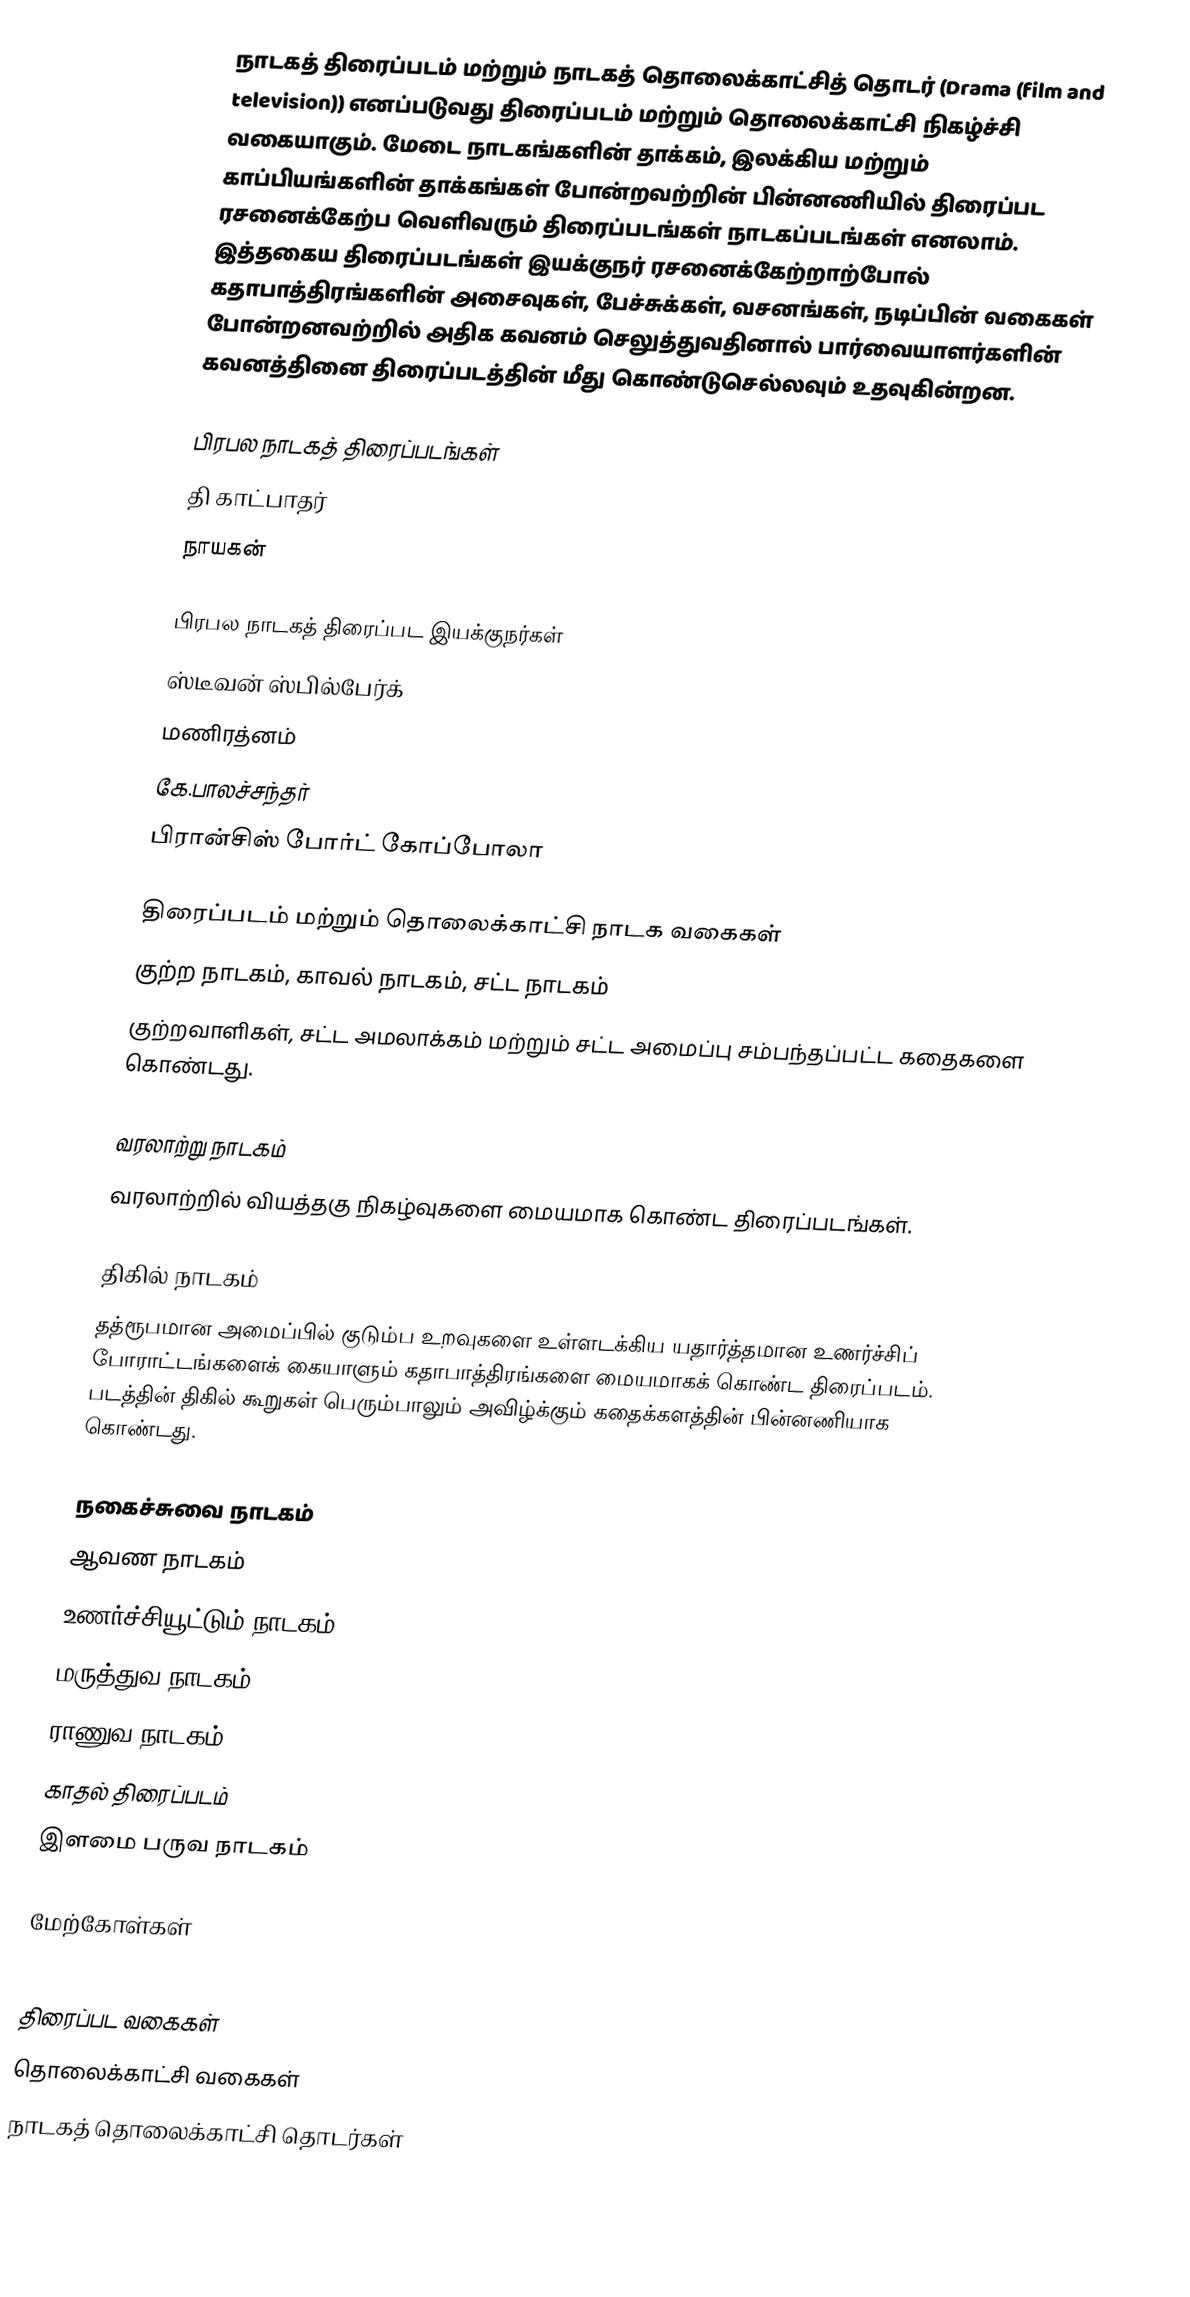
நாடகத் திரைப்படம் மற்றும் நாடகத் தொலைக்காட்சித் தொடர் (Drama (film and television)) எனப்படுவது திரைப்படம் மற்றும் தொலைக்காட்சி நிகழ்ச்சி வகையாகும். மேடை நாடகங்களின் தாக்கம், இலக்கிய மற்றும் காப்பியங்களின் தாக்கங்கள் போன்றவற்றின் பின்னணியில் திரைப்பட ரசனைக்கேற்ப வெளிவரும் திரைப்படங்கள் நாடகப்படங்கள் எனலாம். இத்தகைய திரைப்படங்கள் இயக்குநர் ரசனைக்கேற்றாற்போல் கதாபாத்திரங்களின் அசைவுகள், பேச்சுக்கள், வசனங்கள், நடிப்பின் வகைகள் போன்றனவற்றில் அதிக கவனம் செலுத்துவதினால் பார்வையாளர்களின் கவனத்தினை திரைப்படத்தின் மீது கொண்டுசெல்லவும் உதவுகின்றன.

பிரபல நாடகத் திரைப்படங்கள்
 தி காட்பாதர்
 நாயகன்

பிரபல நாடகத் திரைப்பட இயக்குநர்கள்
 ஸ்டீவன் ஸ்பில்பேர்க்
 மணிரத்னம்
 கே.பாலச்சந்தர்
 பிரான்சிஸ் போர்ட் கோப்போலா

திரைப்படம் மற்றும் தொலைக்காட்சி நாடக வகைகள்
 குற்ற நாடகம், காவல் நாடகம், சட்ட நாடகம்
 குற்றவாளிகள், சட்ட அமலாக்கம் மற்றும் சட்ட அமைப்பு சம்பந்தப்பட்ட கதைகளை கொண்டது.

 வரலாற்று நாடகம்
 வரலாற்றில் வியத்தகு நிகழ்வுகளை மையமாக கொண்ட திரைப்படங்கள்.

 திகில் நாடகம்
 தத்ரூபமான அமைப்பில் குடும்ப உறவுகளை உள்ளடக்கிய யதார்த்தமான உணர்ச்சிப் போராட்டங்களைக் கையாளும் கதாபாத்திரங்களை மையமாகக் கொண்ட திரைப்படம். படத்தின் திகில் கூறுகள் பெரும்பாலும் அவிழ்க்கும் கதைக்களத்தின் பின்னணியாக கொண்டது.

 நகைச்சுவை நாடகம்
 ஆவண நாடகம்
 உணர்ச்சியூட்டும் நாடகம்
 மருத்துவ நாடகம்
 ராணுவ நாடகம்
 காதல் திரைப்படம்
 இளமை பருவ நாடகம்

மேற்கோள்கள்

திரைப்பட வகைகள்
தொலைக்காட்சி வகைகள்
நாடகத் தொலைக்காட்சி தொடர்கள்